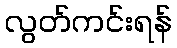
လွတ်ကင်းရန်